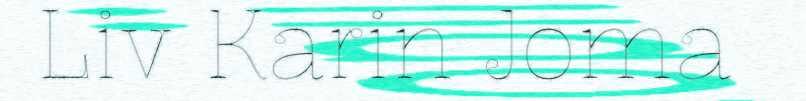
Liv Karin Joma